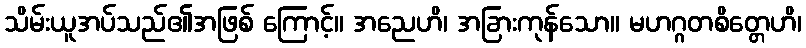
သိမ်းယူအပ်သည်၏အဖြစ် ကြောင့်။ အညေဟိ၊ အခြားကုန်သော။ မဟဂ္ဂတစိတ္တေဟိ၊